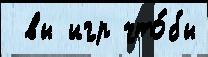
 вы игр что́бы